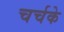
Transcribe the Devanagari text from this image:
चर्चके